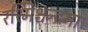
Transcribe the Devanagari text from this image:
रश्मिश्चन्द्रमा